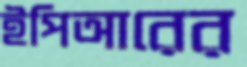
ইপিআরের